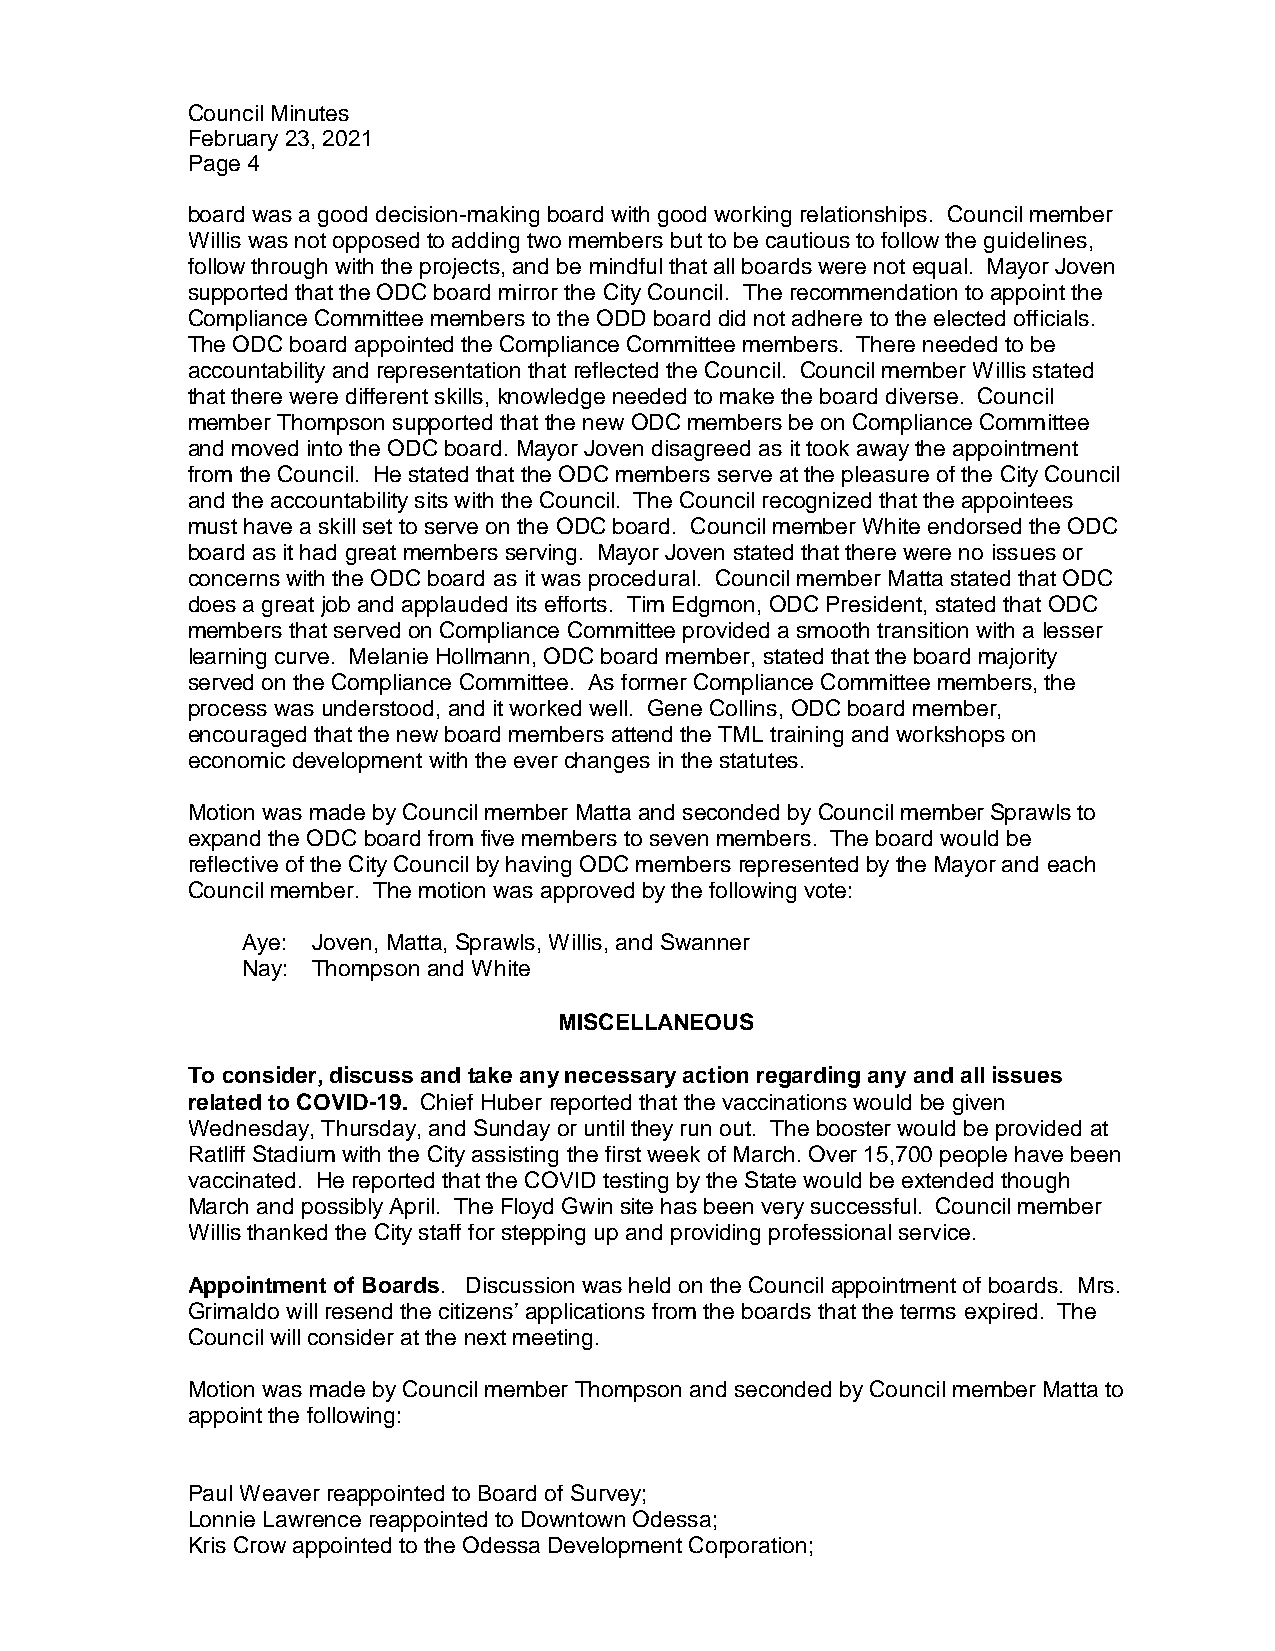
Council Minutes
 February 23, 2021
 Page 4
 board was a good decision-making board with good working relationships. Council member
 Willis was not opposed to adding two members but to be cautious to follow the guidelines,
 follow through with the projects, and be mindful that all boards were not equal. Mayor Joven
 supported that the ODC board mirror the City Council. The recommendation to appoint the
 Compliance Committee members to the ODD board did not adhere to the elected officials.
 The ODC board appointed the Compliance Committee members. There needed to be
 accountability and representation that reflected the Council. Council member Willis stated
 that there were different skills, knowledge needed to make the board diverse. Council
 member Thompson supported that the new ODC members be on Compliance Committee
 and moved into the ODC board. Mayor Joven disagreed as it took away the appointment
 from the Council. He stated that the ODC members serve at the pleasure of the City Council
 and the accountability sits with the Council. The Council recognized that the appointees
 must have a skill set to serve on the ODC board. Council member White endorsed the ODC
 board as it had great members serving. Mayor Joven stated that there were no issues or
 concerns with the ODC board as it was procedural. Council member Matta stated that ODC
 does a great job and applauded its efforts. Tim Edgmon, ODC President, stated that ODC
 members that served on Compliance Committee provided a smooth transition with a lesser
 learning curve. Melanie Hollmann, ODC board member, stated that the board majority
 served on the Compliance Committee. As former Compliance Committee members, the
 process was understood, and it worked well. Gene Collins, ODC board member,
 encouraged that the new board members attend the TML training and workshops on
 economic development with the ever changes in the statutes.
 Motion was made by Council member Matta and seconded by Council member Sprawls to
 expand the ODC board from five members to seven members. The board would be
 reflective of the City Council by having ODC members represented by the Mayor and each
 Council member. The motion was approved by the following vote:
 Aye: Joven, Matta, Sprawls, Willis, and Swanner
 Nay: Thompson and White
 MISCELLANEOUS
 To consider, discuss and take any necessary action regarding any and all issues
 related to COVID-19. Chief Huber reported that the vaccinations would be given
 Wednesday, Thursday, and Sunday or until they run out. The booster would be provided at
 Ratliff Stadium with the City assisting the first week of March. Over 15,700 people have been
 vaccinated. He reported that the COVID testing by the State would be extended though
 March and possibly April. The Floyd Gwin site has been very successful. Council member
 Willis thanked the City staff for stepping up and providing professional service.
 Appointment of Boards. Discussion was held on the Council appointment of boards. Mrs.
 Grimaldo will resend the citizens’ applications from the boards that the terms expired. The
 Council will consider at the next meeting.
 Motion was made by Council member Thompson and seconded by Council member Matta to
 appoint the following:
 Paul Weaver reappointed to Board of Survey;
 Lonnie Lawrence reappointed to Downtown Odessa;
 Kris Crow appointed to the Odessa Development Corporation;